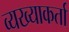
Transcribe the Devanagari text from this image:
व्यख्याकर्ता